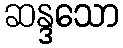
ဆန္ဒသော